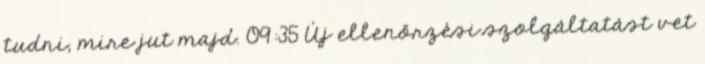
tudni, mire jut majd. 09:35 Új ellenőrzési szolgáltatást vet